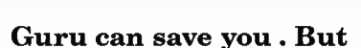
Guru can save you . But